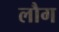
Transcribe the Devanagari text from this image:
लौग